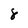
Character: 8